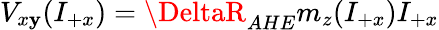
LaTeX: V_{x\mathbf{y}}(I_{+x})=\DeltaR_{AHE}m_{z}(I_{+x})I_{+x}